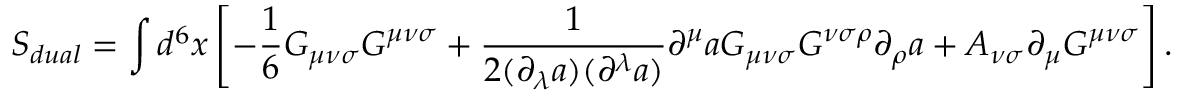
S _ { d u a l } = \int d ^ { 6 } x \left[ - { \frac 1 6 } G _ { { \mu } { \nu } { \sigma } } G ^ { { \mu } { \nu } { \sigma } } + \frac { 1 } { 2 ( { \partial } _ { \lambda } a ) ( { \partial } ^ { \lambda } a ) } { \partial } ^ { \mu } a { \cal G } _ { { \mu } { \nu } { \sigma } } { \cal G } ^ { { \nu } { \sigma } { \rho } } { \partial } _ { \rho } a + A _ { { \nu } { \sigma } } { \partial } _ { { \mu } } G ^ { { \mu } { \nu } { \sigma } } \right] .